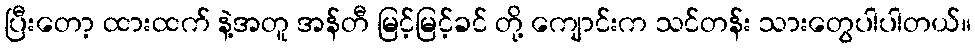
ပြီးတော့ ထားထက် နဲ့အတူ အန်တီ မြင့်မြင့်ခင် တို့ ကျောင်းက သင်တန်း သားတွေပါပါတယ်။